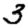
Digit: 3